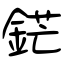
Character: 鋩